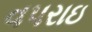
વપરાઇ